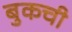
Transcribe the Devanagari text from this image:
बुकची